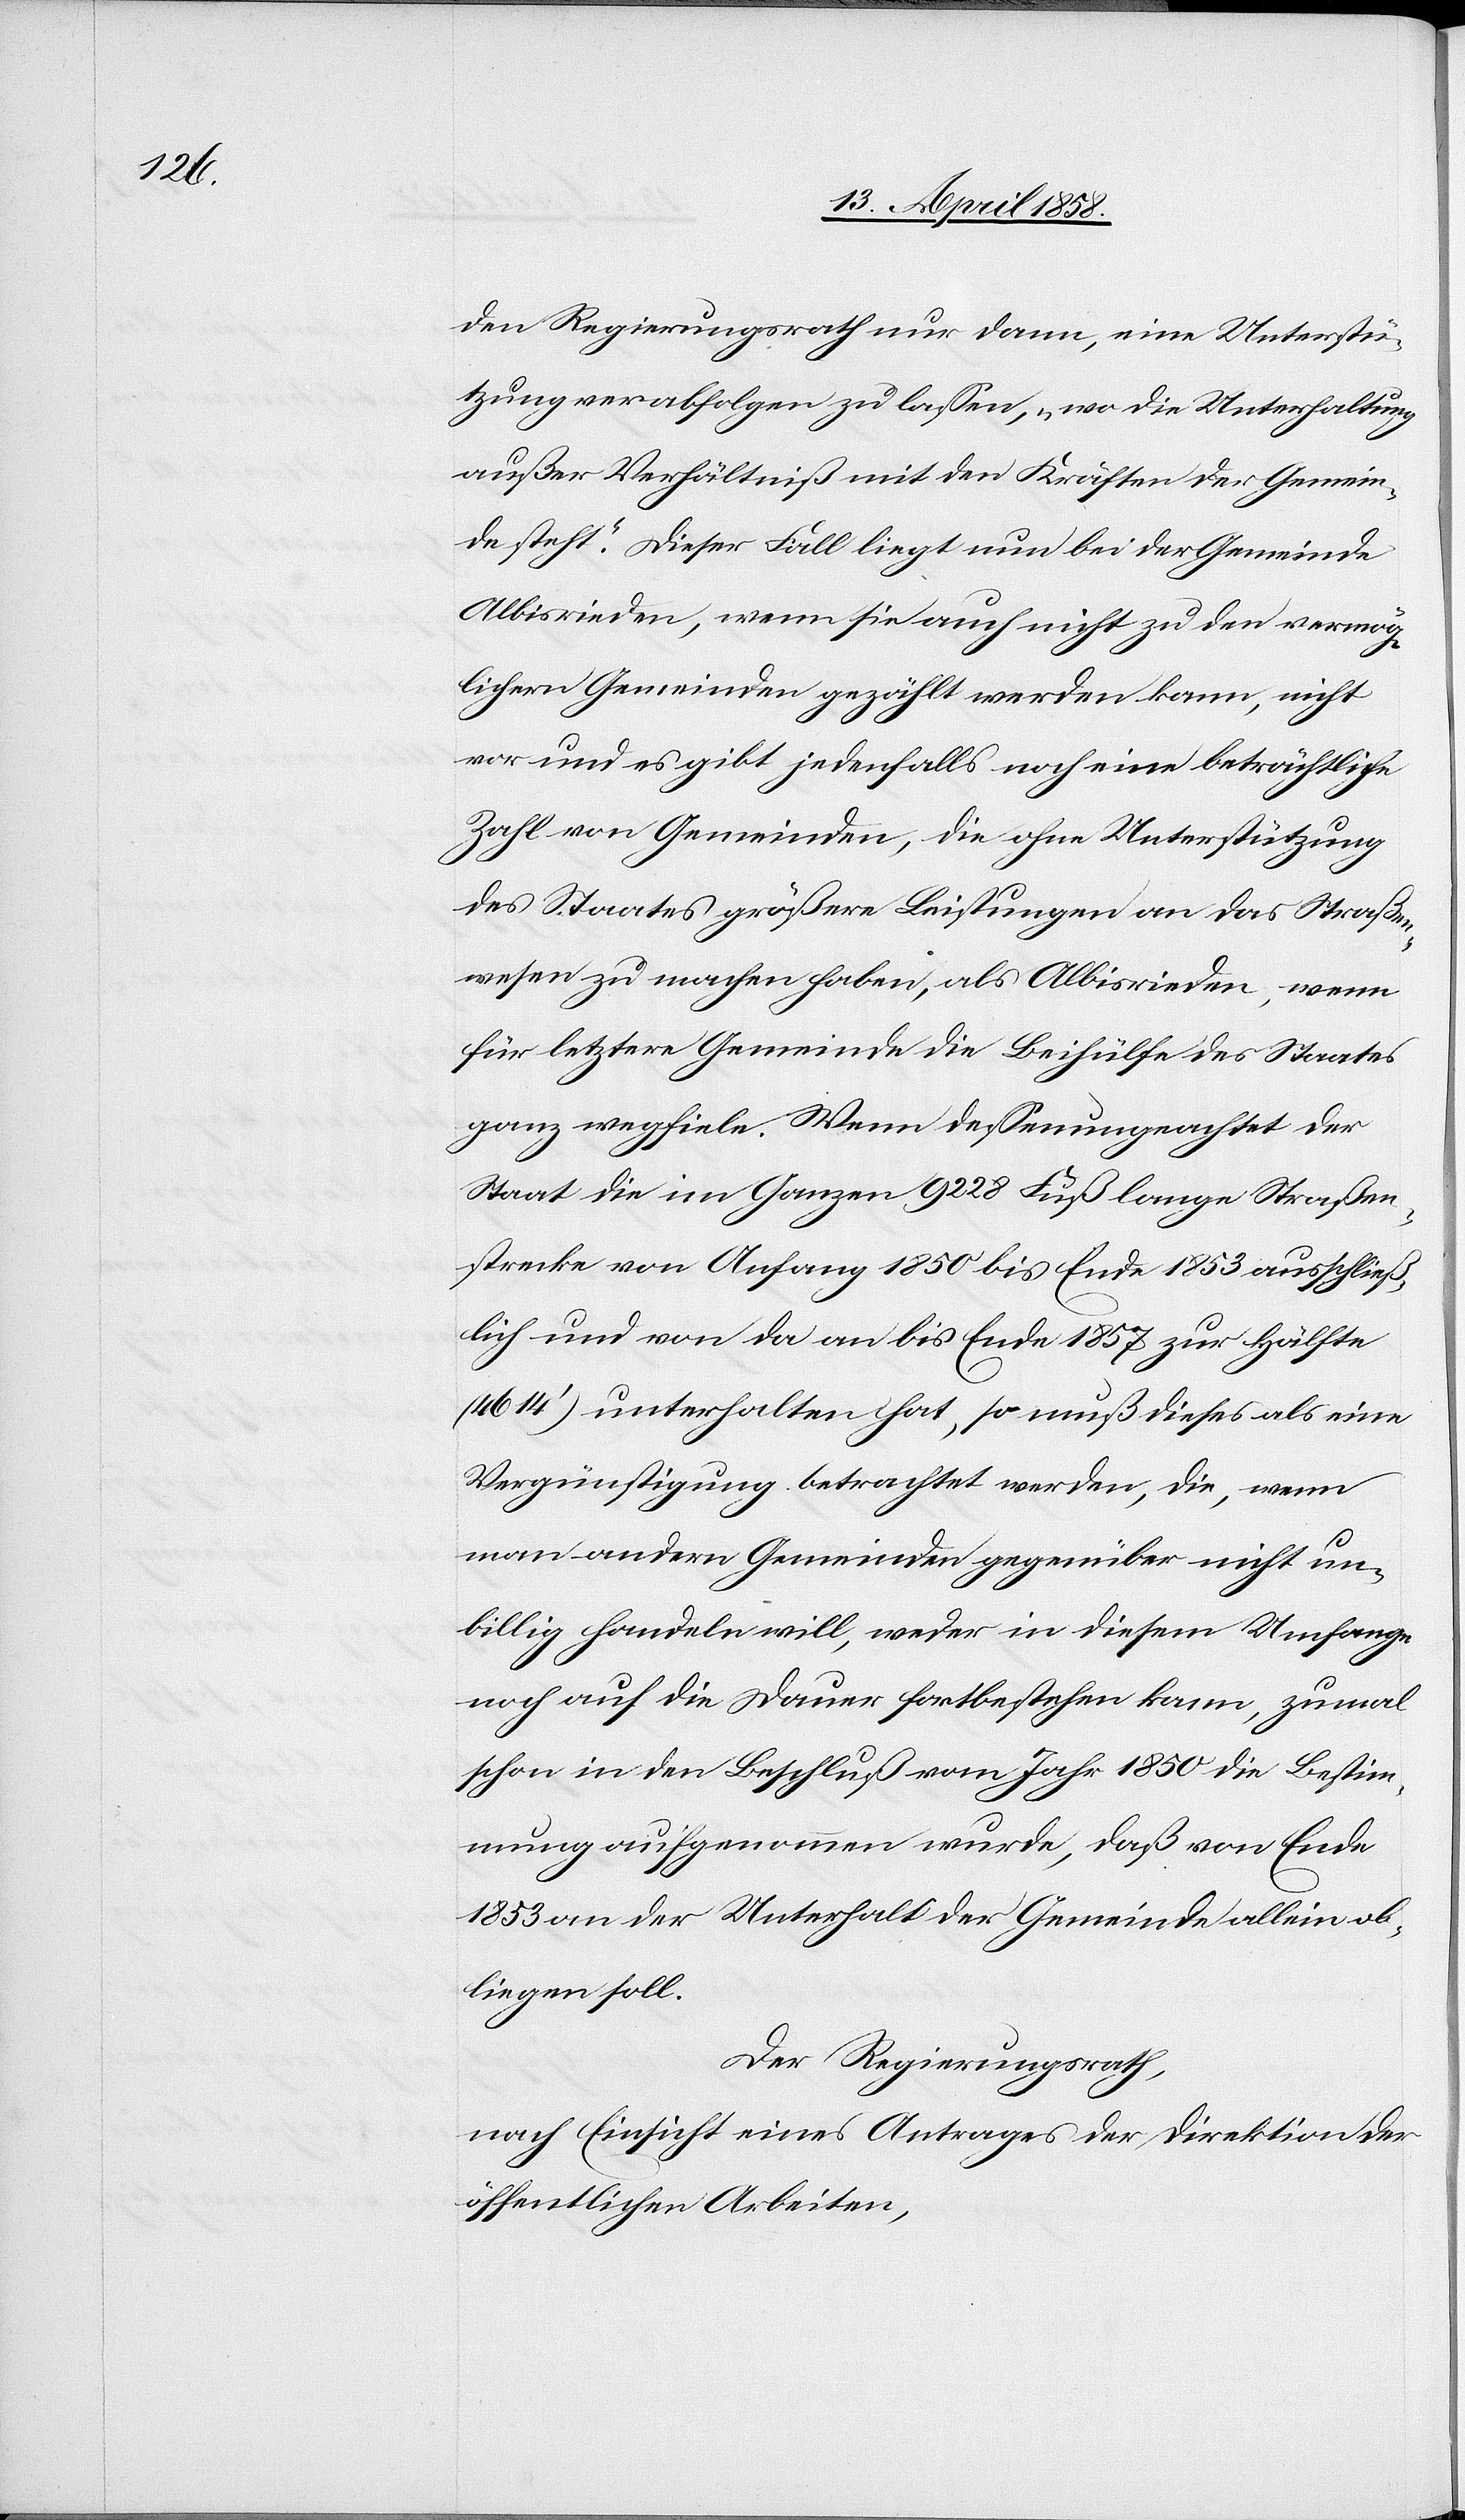
den Regierungsrath nur dann, eine Unterstü¬
tzung verabfolgen zu lassen, „wo die Unterhaltung
außer Verhältniß mit den Kräften der Gemein¬
de steht.“ Dieser Fall liegt nun bei der Gemeinde
Albisrieden, wenn sie auch nicht zu den vermög¬
lichern Gemeinden gezählt werden kann, nicht
vor und es gibt jedenfalls noch eine beträchtliche
Zahl von Gemeinden, die ohne Unterstützung
des Staates größere Leistungen an das Straßen¬
wesen zu machen haben, als Albisrieden, wenn
für letztere Gemeinde die Beihülfe des Staates
ganz wegfiele. Wenn deßenungeachtet der
Staat die im Ganzen 9228 Fuß lange Straßen¬
strecke von Anfang 1850 bis Ende 1853 ausschließ¬
lich und von da an bis Ende 1857 zur Hälfte
(4614’) unterhalten hat, so muß dieses als eine
Vergünstigung betrachtet werden, die, wenn
man andern Gemeinden gegenüber nicht un¬
billig handeln will, weder in diesem Umfange
noch auf die Dauer fortbestehen kann, zumal
schon in den Beschluß vom Jahr 1850 die Bestim¬
mung aufgenommen wurde, daß von Ende
1853 an der Unterhalt der Gemeinde allein ob¬
liegen soll.
Der Regierungsrath,
nach Einsicht eines Antrages der Direktion der
öffentlichen Arbeiten,